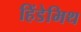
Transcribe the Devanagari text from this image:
हिंडेमिथ